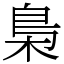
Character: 梟